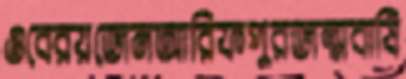
ওবেরয়জেনআরিফপুরজন্মবার্ষি